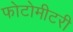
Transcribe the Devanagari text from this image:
फोटोमीटरी